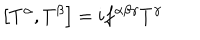
LaTeX: \left[ T ^ { \alpha } , T ^ { \beta } \right] = i f ^ { \alpha \beta \gamma } T ^ { \gamma }